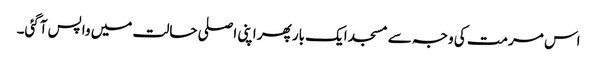
اس مرمت کی وجہ سے مسجد ایک بار پھر اپنی اصلی حالت میں واپس آگئی۔